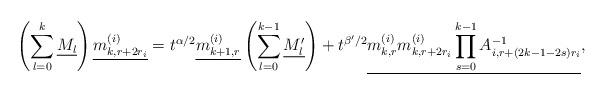
LaTeX: \begin{align*}\left(\sum_{l=0}^{k}\underline{M_{l}}\right) \underline{m_{k,r+2r_i}^{(i)}}=t^{\alpha/2} \underline{m_{k+1,r}^{(i)}}\left(\sum_{l=0}^{k-1}\underline{M'_{l}}\right)+t^{\beta'/2}\underline{m_{k, r}^{(i)}m_{k,r+2r_i}^{(i)}\prod_{s=0}^{k-1}A_{i, r+(2k-1-2s)r_i}^{-1}},\end{align*}